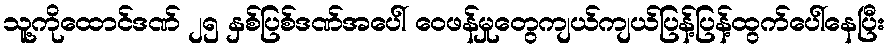
သူ့ကိုထောင်ဒဏ် ၂၅ နှစ်ပြစ်ဒဏ်အပေါ် ဝေဖန်မှုတွေကျယ်ကျယ်ပြန့်ပြန့်ထွက်ပေါ်နေပြီး